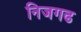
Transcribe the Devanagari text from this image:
निजगढ